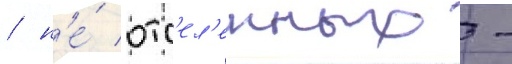
/ н'е́ отс'ел'енных -